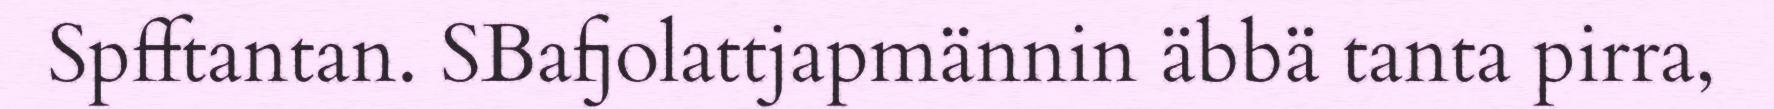
Spfftantan. SBafjolattjapmännin äbbä tanta pirra,